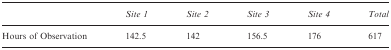
<table><thead><tr><td></td><td><b>Site 1</b></td><td><b>Site 2</b></td><td><b>Site 3</b></td><td><b>Site 4</b></td><td><b>Total</b></td></tr></thead><tbody><tr><td>Hours of Observation</td><td>142.5</td><td>142</td><td>156.5</td><td>176</td><td>617</td></tr></tbody></table>